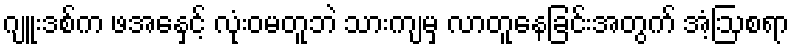
ဂျူးဒစ်က ဖအေနှင့် လုံးဝမတူဘဲ သားကျမှ လာတူနေခြင်းအတွက် အံ့ဩစရာ